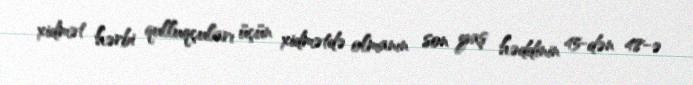
xidmət hərbi qulluqçuları üçün xidmətdə olmanın son yaş həddinin 45-dən 48-ə